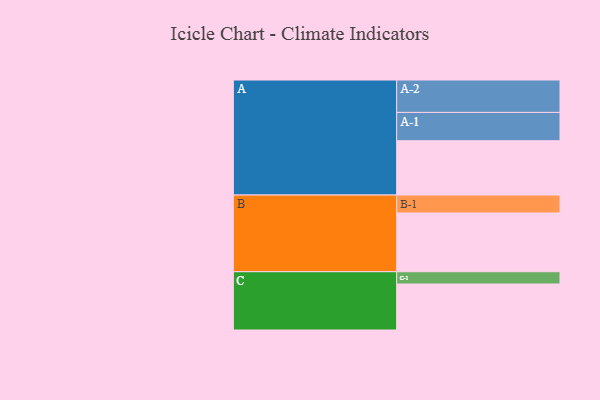
{"axis": {"x": "Segment", "y": "Value"}, "legend": ["", "A", "B", "C"], "data": [{"x": "A", "y": 464, "type": ""}, {"x": "B", "y": 502, "type": ""}, {"x": "C", "y": 393, "type": ""}, {"x": "A-1", "y": 242, "type": "A"}, {"x": "A-2", "y": 277, "type": "A"}, {"x": "B-1", "y": 153, "type": "B"}, {"x": "C-1", "y": 105, "type": "C"}]}